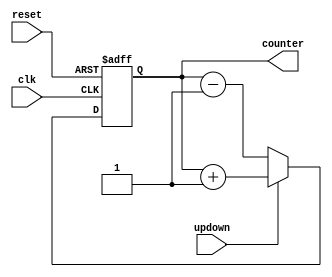
module updown_counter(input clk,reset,updown, output [2:0] counter);

    reg [2:0] updowncounter;

    always @(posedge clk or posedge reset)
    
    begin
        if(reset==1) 
        begin
            updowncounter <= 3'b0;
        end
        
        else
            if(updown==1)
            begin
                updowncounter <= updowncounter + 1'b1;
            end
            
            else
            begin
                updowncounter <= updowncounter - 1'b1;
            end
    end

    assign counter = updowncounter;
endmodule


/*module up_counter(input clk, reset, output[2:0] counter);
    reg [2:0] counter_up;                           // Initialise register counter_up to find up counter states
    always @(posedge clk or posedge reset)          // Postive edge triggered circuit
    begin
        if(reset)
            begin
                counter_up = 3'd0;                  // If reset==1, set counter to 0000
            end
        else
            begin
                counter_up = counter_up + 3'd1;     // Else, add 0001 to counter
            end       
    end 
    assign counter = counter_up;                    // Return new value of counter
endmodule

module down_counter(input clk, reset, output [2:0] counter);
    reg [2:0] counter_down;                         // Initialise register counter_down to find down counter states
    always @(posedge clk or posedge reset)          // Postive edge triggered circuit
    begin
        if(reset)
            begin
                counter_down = 3'hf;                // If reset==1, set counter to 1111
            end
        else
            begin
                counter_down = counter_down - 3'd1; // Else, subtract 0001 from counter
            end                                     
    end 
    assign counter = counter_down;                  // Return new value of counter
endmodule*/